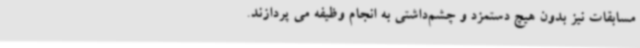
مسابقات نیز بدون هیچ دستمزد و چشم‌داشتی به انجام وظیفه می پردازند.